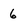
Character: 6